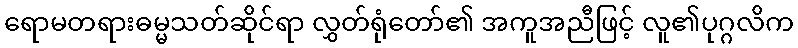
ရောမတရားဓမ္မသတ်ဆိုင်ရာ လွှတ်ရုံတော်၏ အကူအညီဖြင့် လူ၏ပုဂ္ဂလိက